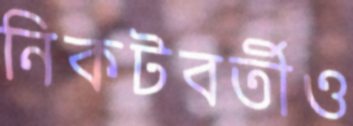
নিকটবর্তীও